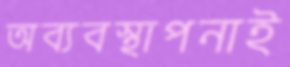
অব্যবস্থাপনাই